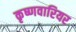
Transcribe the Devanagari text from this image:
कृष्णवारियर